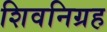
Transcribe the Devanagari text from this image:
शिवनिग्रह